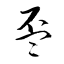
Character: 盃